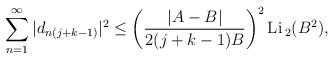
LaTeX: \begin{align*}\sum_{n=1}^{\infty}| d_{n(j+k-1)}|^{2} \leq \left(\frac{|A-B|}{2(j+k-1)B}\right)^2 {\rm Li\,}_{2}(B^2),\end{align*}